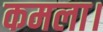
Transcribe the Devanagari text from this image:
कमला।